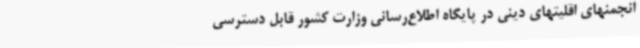
انجمنهای اقلیتهای دینی در پایگاه اطلاع‌رسانی وزارت کشور قابل دسترسی